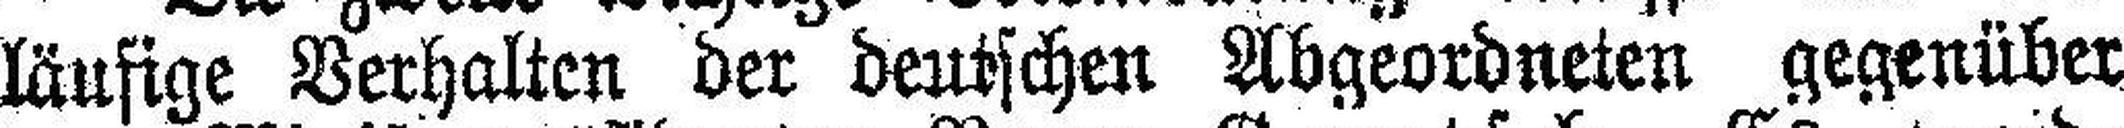
läufige Verhalten der deutschen Abgeordneten gegenüber